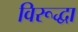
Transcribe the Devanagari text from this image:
विरूद्धा